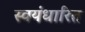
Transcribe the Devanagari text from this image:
स्वयंधारित